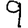
Digit: 9